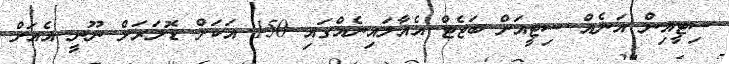
ސިޓީއިން އަނެއް ސިޓީއަށް ބަޖެޓް އެއާލައިނެއްގައި 150 އަކަށް ޑޮލަރަށް ނޫނީ އެއަށް